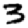
Digit: 3